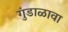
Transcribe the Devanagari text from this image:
गुंडाळावा